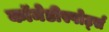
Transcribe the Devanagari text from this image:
कॉमेडीस्पोर्ट्स